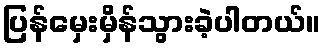
ပြန်မှေးမှိန်သွားခဲ့ပါတယ်။